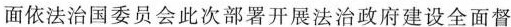
面依法治国委员会此次部署开展法治政府建设全面督